Language: tamil
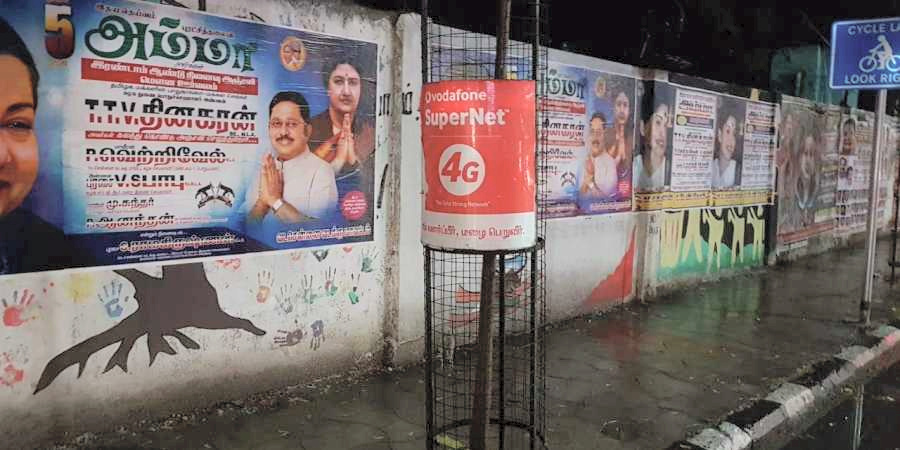
Transcription: வெற்றிவேல் பாபு ஆனந்தன் அம்மா தினகரன்